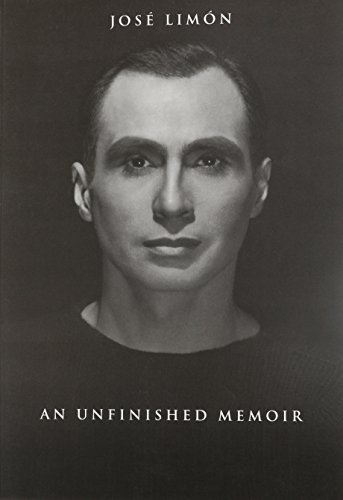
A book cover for JosÃ© LimÃ³n: An Unfinished Memoir; JosÃ© LimÃ³n; Biographies & Memoirs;